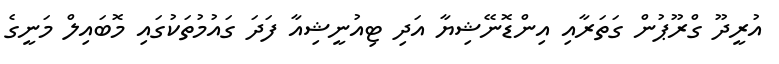
އުރީދޫ ގްރޫޕުން ގަތަރާއި އިންޑޮނޭޝިޔާ އަދި ޓިއުނީޝިއާ ފަދަ ގައުމުތަކުގައި މޮބައިލް މަނީގެ